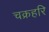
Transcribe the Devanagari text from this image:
चक्रहरि